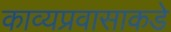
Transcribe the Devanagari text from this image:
काव्यप्रवासाकडे